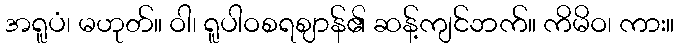
အရူပံ၊ မဟုတ်။ ဝါ၊ ရူပါဝစရဈာန်၏ ဆန့်ကျင်ဘက်။ ကိမိဝ၊ ကား။